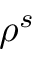
\rho ^ { s }